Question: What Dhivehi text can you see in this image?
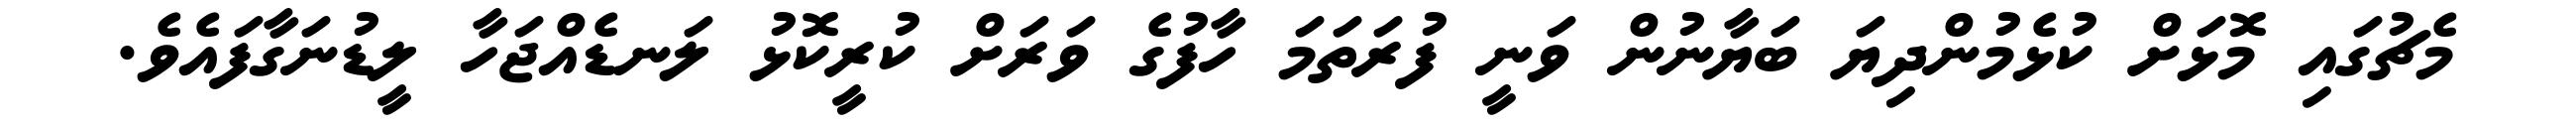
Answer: މެޗުގައި މޮޅަށް ކުޅެމުންދިޔަ ބަޔާނުން ވަނީ ފުރަތަމަ ހާފުގެ ވަރަށް ކުރީކޮޅު ލަނޑެއްޖަހާ ލީޑުނަގާފައެވެ.